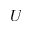
U